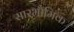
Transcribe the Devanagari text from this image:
सारभौमिक